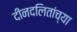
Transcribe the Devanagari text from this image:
दीनदलितांच्या